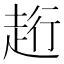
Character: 𧻥